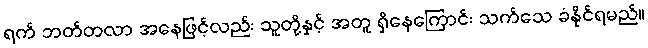
ရက် ဘတ်တလာ အနေဖြင့်လည်း သူတို့နှင့် အတူ ရှိနေကြောင်း သက်သေ ခံနိုင်ရမည်။